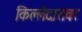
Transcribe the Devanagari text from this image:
किल्लेदारावर